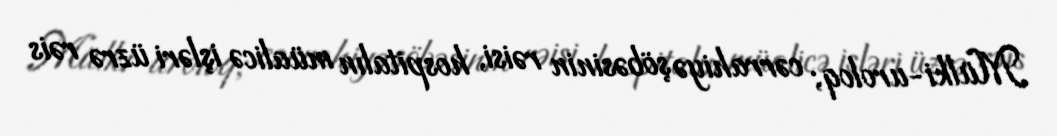
Mülki-uroloq; cərrahiyə şöbəsinin rəisi, hospitalın müalicə işləri üzrə rəis